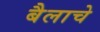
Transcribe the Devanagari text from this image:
बैलाचे